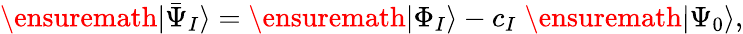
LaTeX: \ensuremath{\vert\bar{\Psi}_{I}\rangle}=\ensuremath{\vert\Phi_{I}\rangle}-c_{I}\; \ensuremath{\vert\Psi_{0}\rangle},